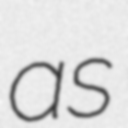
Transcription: as